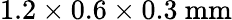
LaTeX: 1.2\times 0.6\times 0.3~\mathrm{mm}